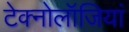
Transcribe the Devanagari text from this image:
टेक्नोलॉजियां